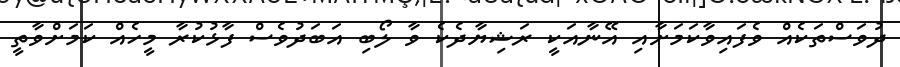
ދުވަސްތަކެއް ވެފައިވާކަމަށާއި އޭނާއަކީ ރަޝިޔާދެކެ ވާ ލޯބި އަބަދުވެސް ފާޅުކުރާ މީހެއް ކަމަށްވާތީ